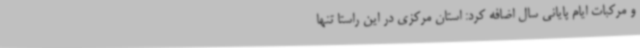
و مرکبات ایام پایانی سال اضافه کرد: استان مرکزی در این راستا تنها